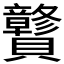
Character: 𰷝